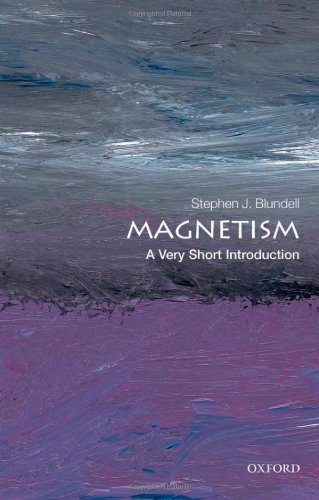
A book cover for Magnetism: A Very Short Introduction; Stephen J. Blundell; Science & Math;